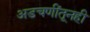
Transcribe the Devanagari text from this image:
अडचणींतूनही